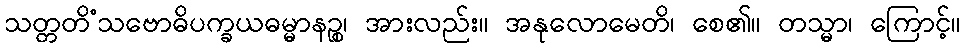
သတ္တတိံသဗောဓိပက္ခယဓမ္မာနဉ္စ၊ အားလည်း။ အနုလောမေတိ၊ စေ၏။ တသ္မာ၊ ကြောင့်။